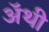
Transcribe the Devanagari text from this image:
अॅथी